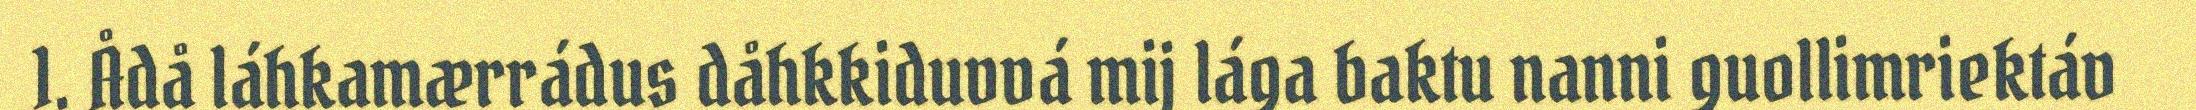
1. Ådå láhkamærrádus dåhkkiduvvá mij lága baktu nanni guollimriektáv